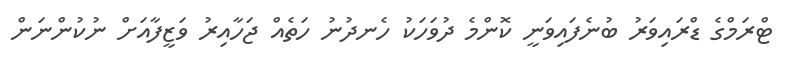
ޓްރަމްގެ ޑްރައިވަރު ބުނެފައިވަނީ ކޮންމެ ދުވަހަކު ހެނދުނު ހަތެއް ޖަހާއިރު ވަޒީފާއަށް ނުކުންނަން